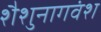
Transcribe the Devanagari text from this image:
शैशुनागवंश